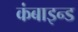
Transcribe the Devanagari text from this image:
कंबाइन्ड